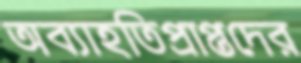
অব্যাহতিপ্রাপ্তদের